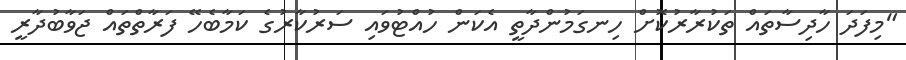
"މިފަދަ ހާދިސާތައް ތަކުރާރުކޮށް ހިނގަމުންދާތީ އެކަން ހުއްޓުވައި ސަރުކާރުގެ ކަމާބެހޭ ފަރާތްތައް ޖަވާބުދާރީ